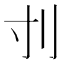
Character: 刌